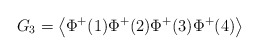
\begin{align*}G_{3}=\left\langle \Phi ^{+}(1)\Phi ^{+}(2)\Phi ^{+}(3)\Phi^{+}(4)\right\rangle\end{align*}